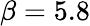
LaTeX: \beta=5.8